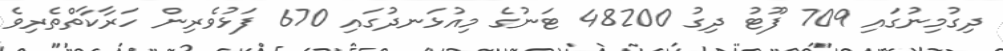
ދިގުމިނުގައި 709 ފޫޓު ދިގު 48200 ޓަނުގެ މިއުޅަނދުގައި 670 ފަޅުވެރިން ހަރާކާތްތެރިވެ